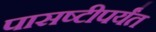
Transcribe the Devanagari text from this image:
पासष्टीपर्यंत